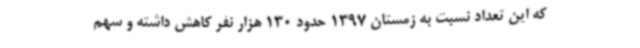
که این تعداد نسبت به زمستان 1397 حدود 130 هزار نفر کاهش داشته و سهم